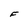
Character: F